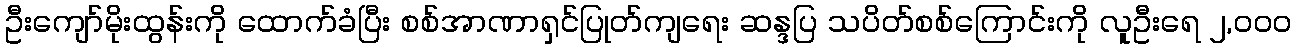
ဦးကျော်မိုးထွန်းကို ထောက်ခံပြီး စစ်အာဏာရှင်ပြုတ်ကျရေး ဆန္ဒပြ သပိတ်စစ်ကြောင်းကို လူဦးရေ ၂,၀၀၀